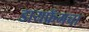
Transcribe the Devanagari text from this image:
डायफ्रॅमचा